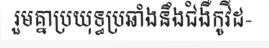
រួមគ្នាប្រយុទ្ធប្រឆាំងនឹងជំងឺកូវីដ-